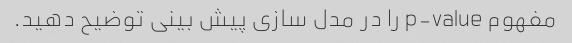
مفهوم p-value را در مدل سازی پیش بینی توضیح دهید.